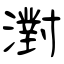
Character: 濧